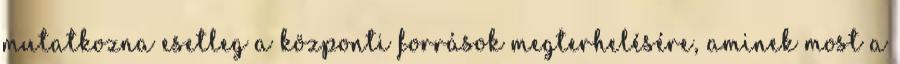
mutatkozna esetleg a központi források megterhelésére, aminek most a